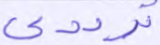
ترددي